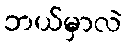
ဘယ်မှာလဲ